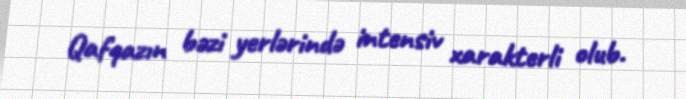
Qafqazın bəzi yerlərində intensiv xarakterli olub.